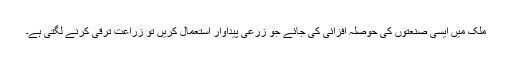
ملک میں ایسی صنعتوں کی حوصلہ افزائی کی جائے جو زرعی پیداوار استعمال کریں تو زراعت ترقی کرنے لگتی ہے۔